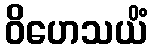
ဝိဟေသယိံ